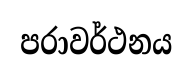
පරාවර්ථනය